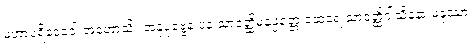
မဟာပရိဒေဝေါ အဟောသိ။ အနုပုဗ္ဗေန ပန သာဝတ္ထိမနုပ္ပတ္တေ ထေရေ သာဝတ္ထိဝါသိနော မနုဿာ